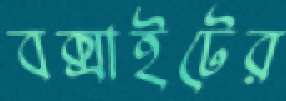
বক্সাইটের